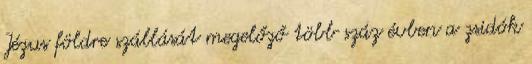
Jézus földre szállását megelőző több száz évben a zsidók